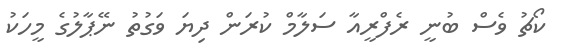
ކޯޗު ވެސް ބުނީ ރެފްރީއާ ސަލާމް ކުރަން ދިޔަ ވަގުތު ނޭޕާލުގެ މީހަކު